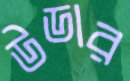
উডার